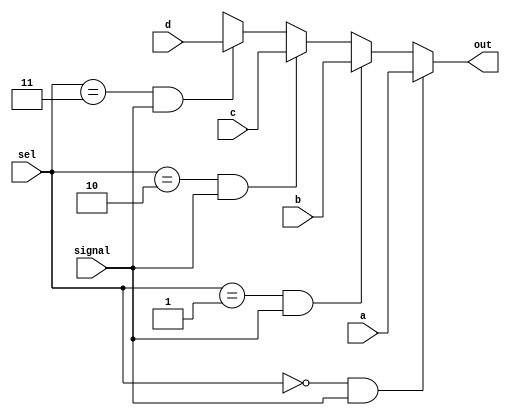
module mux_read_instcache(  
    signal,            // signal (read) 
    a,                 // 32-bit input called a
    b,                 // 32-bit input called b
    c,                 // 32-bit input called c
    d,                 // 32-bit input called d
    sel,               // input sel used to sel between a,b,c,d
    out                // 32-bit output based on input sel 
    );         

    input signal; 
    input [31:0] a;                 
    input [31:0] b;                 
    input [31:0] c;                 
    input [31:0] d;                 
    input [1:0] sel;   

    output [31:0] out;

   // based on value in sel and signal, output is assigned to either a/b/c/d asynchronously.

    assign #1 out = ( sel == 2'b00 && signal )? a : 
                      ( sel == 2'b01 && signal )? b : 
                        ( sel == 2'b10 && signal )? c : 
                            ( sel == 2'b11 && signal )? d : 32'dX;

endmodule